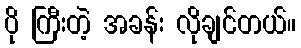
ပို ကြီးတဲ့ အခန်း လိုချင်တယ်။